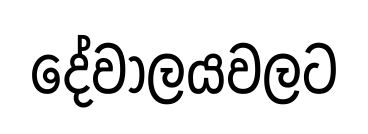
දේවාලයවලට